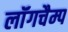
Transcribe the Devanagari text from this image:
लॉंगचैम्प